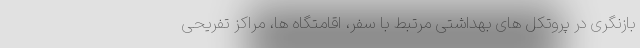
بازنگری در پروتکل های بهداشتی مرتبط با سفر، اقامتگاه ها، مراکز تفریحی